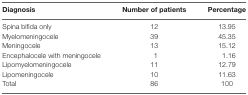
<table><thead><tr><td><b>Diagnosis</b></td><td><b>Number of patients</b></td><td><b>Percentage</b></td></tr></thead><tbody><tr><td>Spina bifida only</td><td>12</td><td>13.95</td></tr><tr><td>Myelomeningocele</td><td>39</td><td>45.35</td></tr><tr><td>Meningocele</td><td>13</td><td>15.12</td></tr><tr><td>Encephalocele with meningocele</td><td>1</td><td>1.16</td></tr><tr><td>Lipomyelomeningocele</td><td>11</td><td>12.79</td></tr><tr><td>Lipomeningocele</td><td>10</td><td>11.63</td></tr><tr><td>Total</td><td>86</td><td>100</td></tr></tbody></table>